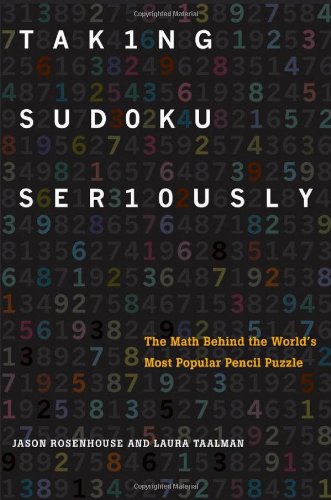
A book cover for Taking Sudoku Seriously: The Math Behind the World's Most Popular Pencil Puzzle; Jason Rosenhouse; Humor & Entertainment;